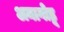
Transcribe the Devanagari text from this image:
अनागोडू